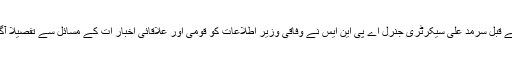
اس سے قبل سرمد علی سیکرٹری جنرل اے پی این ایس نے وفاقی وزیر اطلاعات کو قومی اور علاقائی اخبار ات کے مسائل سے تفصیلاً آگاہ کیا۔